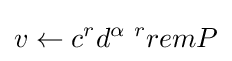
v\leftarrow c^{r}d^{\alpha \ r}remP